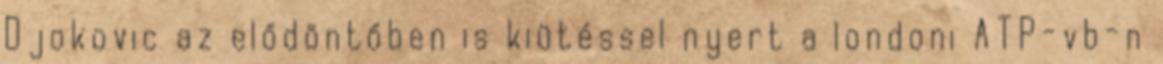
Djokovic az elődöntőben is kiütéssel nyert a londoni ATP-vb-n